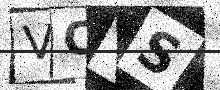
Text: VCYS